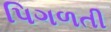
પિગળતી